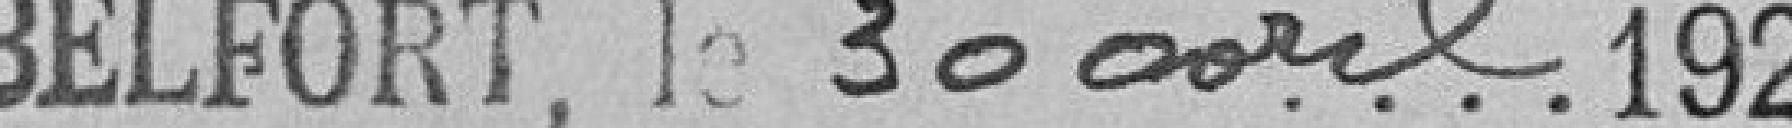
Belfort, le 30 avril 1921